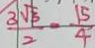
\frac { 3 \sqrt { 5 } } { 2 } = \frac { 1 5 } { 4 }